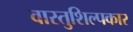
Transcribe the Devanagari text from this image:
वास्तुशिल्पकार